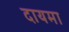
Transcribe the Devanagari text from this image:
दायमा